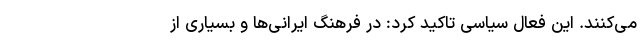
می‌کنند. این فعال سیاسی تاکید کرد: در فرهنگ ایرانی‌ها و بسیاری از